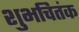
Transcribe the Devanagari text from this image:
शुभचितंक